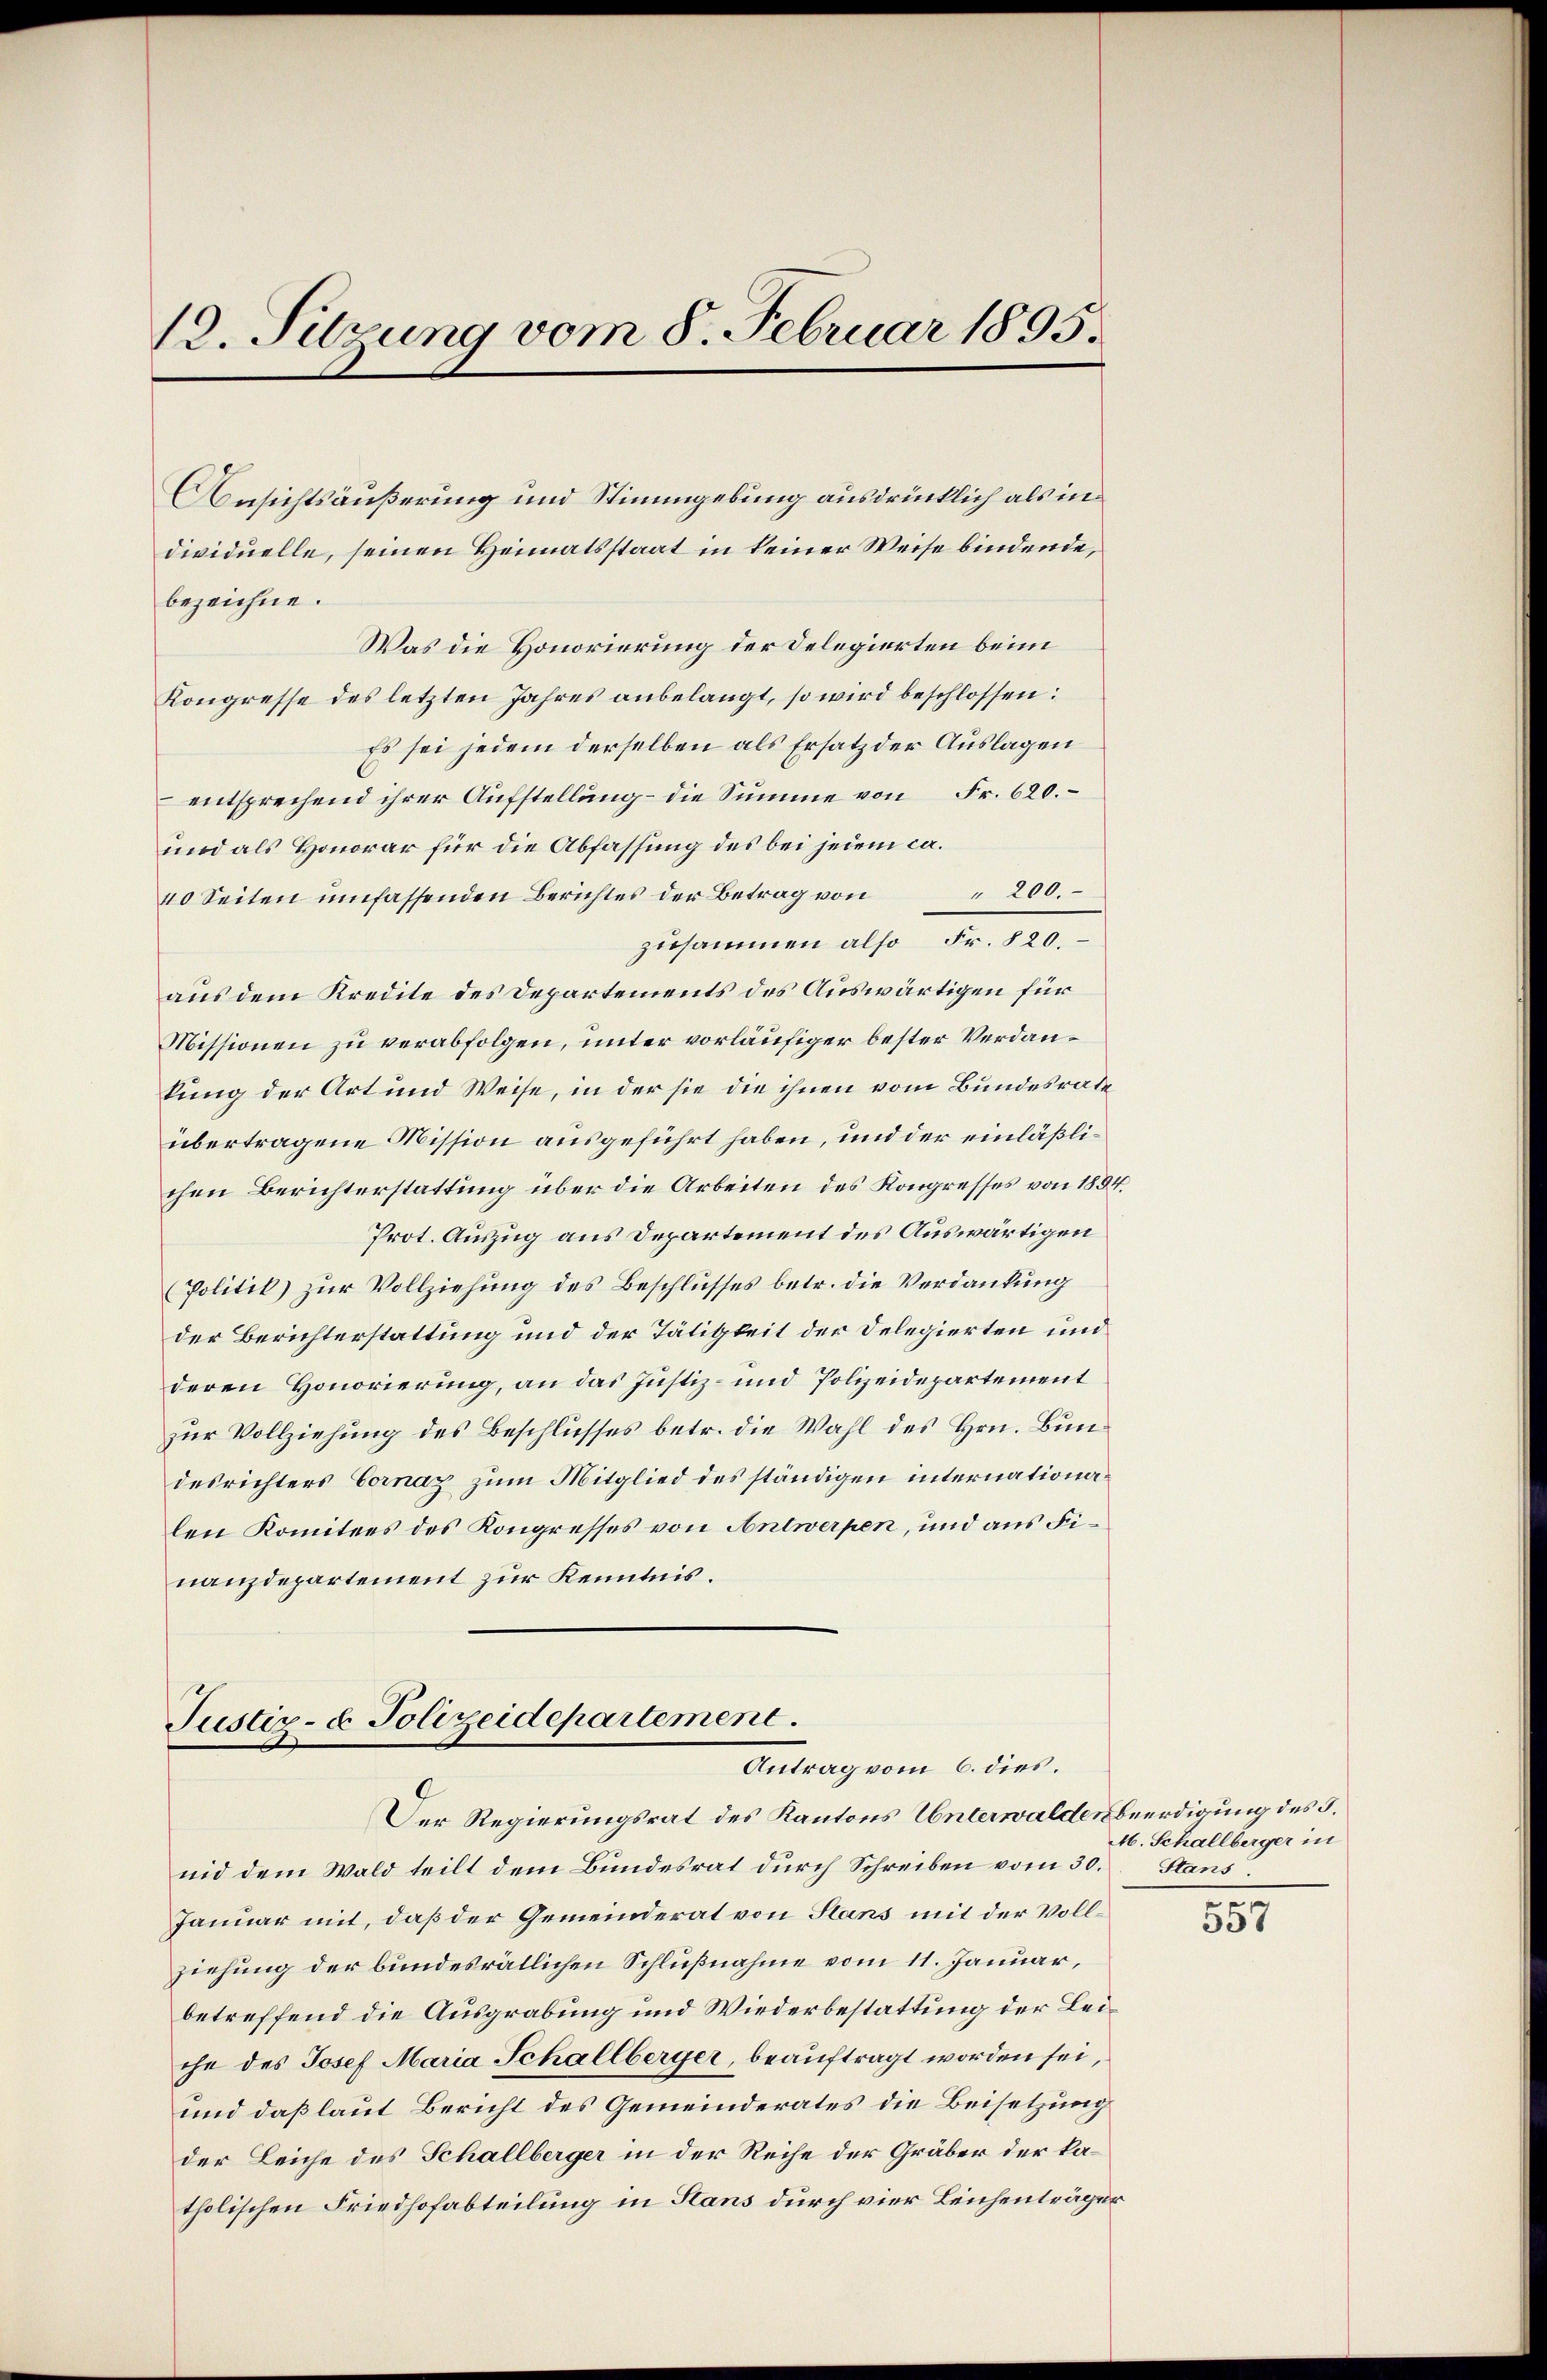
12. Sitzung vom 8. Februar 1895.

Ansichtsäußerung und Stimmgebung ausdrücklich als in
dividuelle, seinen Heimatsstaat in keiner Weise bindende,
Was die Honorierung der Delegierten beim
Kongresse des letzten Jahres anbelangt, so wird beschlossen:
Es sei jedem derselben als Ersatz der Auslagen
entsprechend ihrer Aufstellung – die Summe von Fr. 620.
und als Honorar für die Abfassung des bei jedem ca.
40 Seiten umfassenden Berichtes der Betrag von 200.
zusammen also Fr. 820.
aus dem Kredite des Departements des Auswärtigen für
Missionen zu verabfolgen, unter vorläufiger bester Verdankung der Art und Weise, in der sie die ihnen vom Bundesrate
übertragene Mission ausgeführt haben, und der einläßlichen Berichterstattung über die Arbeiten des Kongresses von 1834.
Prot. Auszug aus Departement des Auswärtigen
(Politik zur Vollziehung des Beschlusses betr. die Verdankung
der Berichterstattung und der Tätigkeit der Delegierten und
deren Honorierung, an das Justiz- und Polizeidepartement
zur Vollziehung des Beschlusses betr. die Wahl des Hrn. Bundesrichters Vornaz zum Mitglied des ständigen internationalen Komitees des Kongresses von Antwerpen, und aus Finanzdepartement zur Kenntnis.

bezeichne.

Justiz- & Polizeidepartement.
Antrag vom 6. dies.

Der Regierungsrat des Kantons Unterwalden Beerdigung des G.
nid dem Wald teilt dem Bundesrat durch Schreiben vom 30. Stans
Januar mit, daß der Gemeinderat von Stans mit der Vollziehung der bundesrätlichen Schlußnahme vom 11. Januar,
betreffend die Ausgrabung und Wiederbestattung der Leiche des Josef Maria Schallberger, beauftragt worden sei,
und daß laut Bericht des Gemeinderates die Beisetzung
der Leiche des Schallberger in der Reihe der Gräber der katholischen Friedhofabteilung in Hans durch vier Leichenträger

M. Schallberger in
e

357